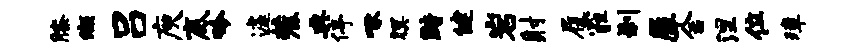
膝缬吕庾底吟遽麓典停啄暝黯健岩射履霾刹犀舍涅位璋